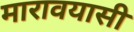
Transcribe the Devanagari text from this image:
मारावयासी